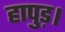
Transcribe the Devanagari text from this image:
हापुड़।